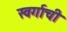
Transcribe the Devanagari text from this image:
स्वर्गाची